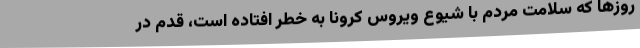
روزها که سلامت مردم با شیوع ویروس کرونا به خطر افتاده است، قدم در